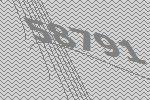
58791